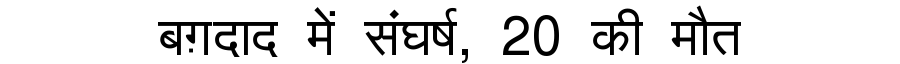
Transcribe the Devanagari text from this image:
बग़दाद में संघर्ष, 20 की मौत